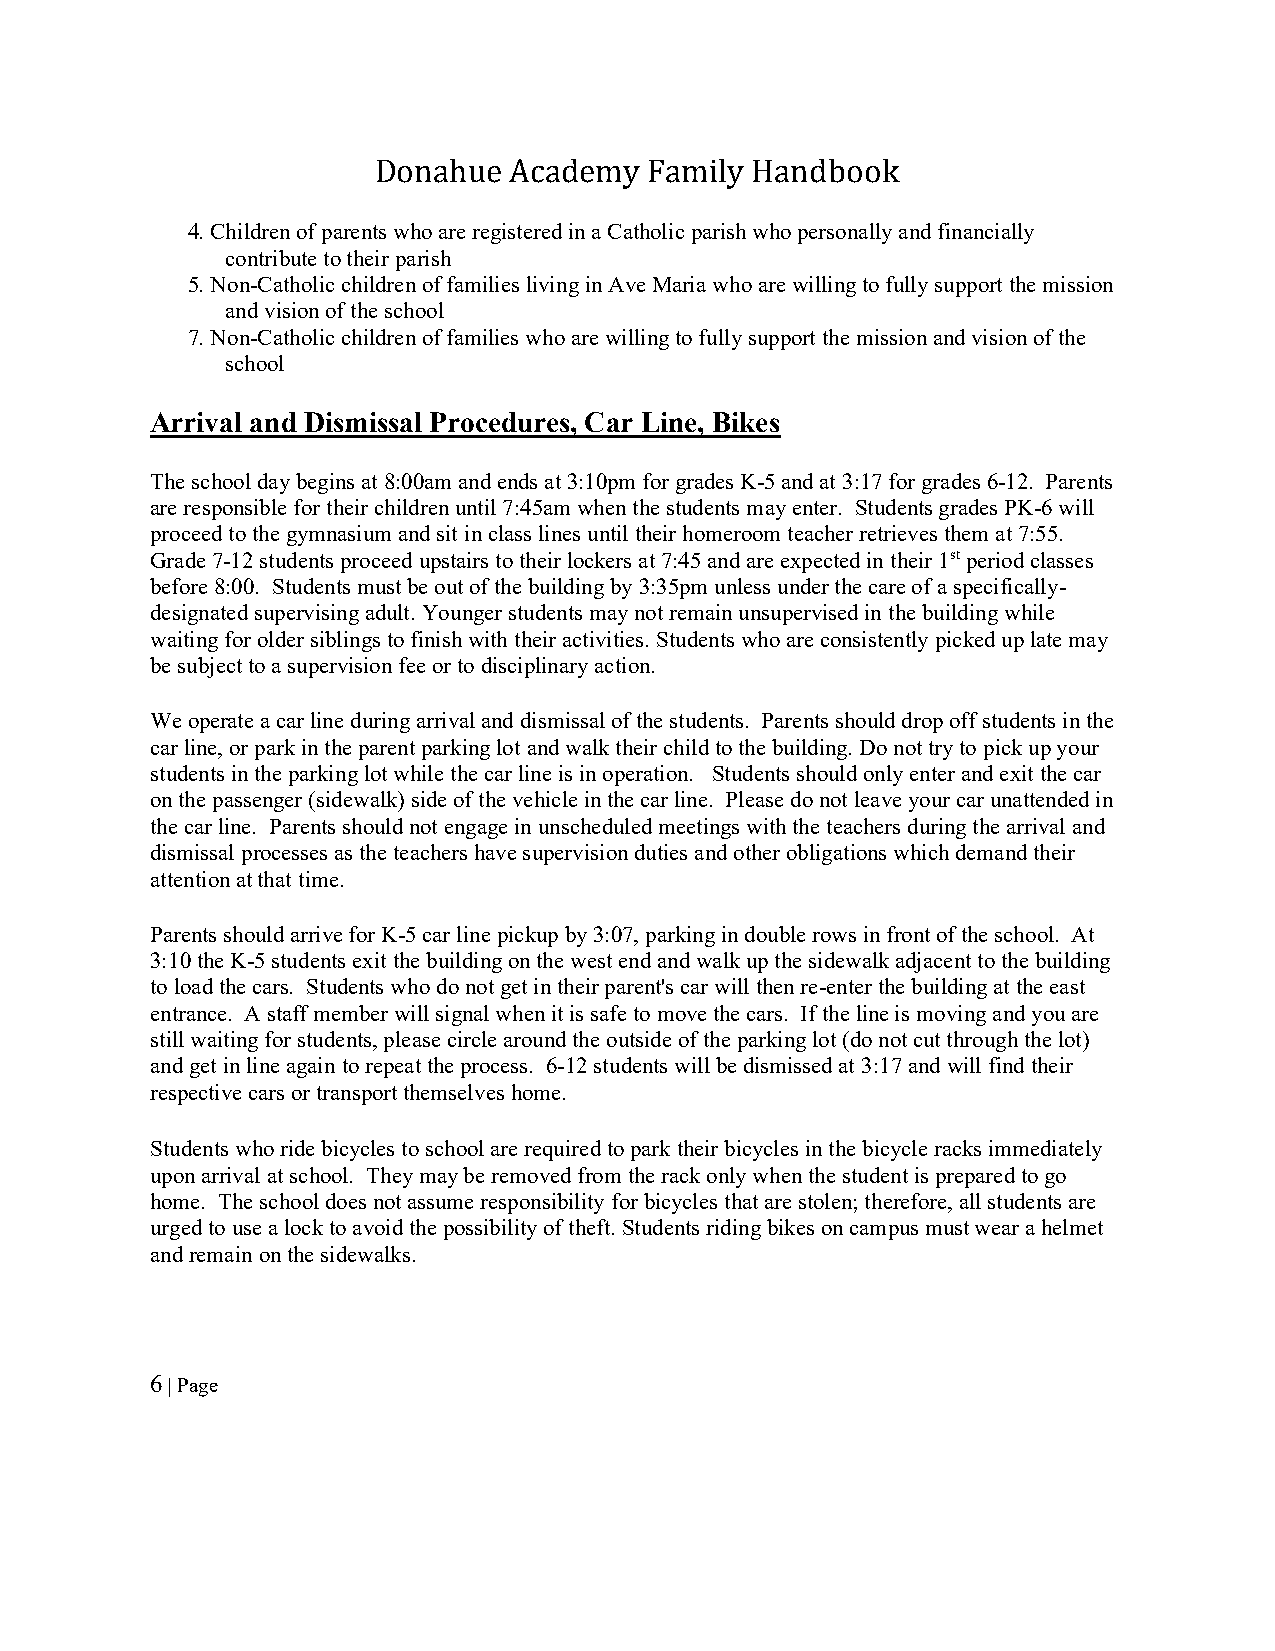
Donahue  Academy  Family Handbook
 4. Children of parents who are registered in a Catholic parish who personally and financially
 contribute to their parish
 5. Non-Catholic children of families living in Ave Maria who are willing to fully support the mission
 and vision of the school
 7. Non-Catholic children of families who are willing to fully support the mission and vision of the
 school
 Arrival and Dismissal Procedures, Car Line, Bikes
 The school day begins at 8:00am and ends at 3:10pm for grades K-5 and at 3:17 for grades 6-12. Parents
 are responsible for their children until 7:45am when the students may enter. Students grades PK-6 will
 proceed to the gymnasium and sit in class lines until their homeroom teacher retrieves them at 7:55.
 Grade 7-12 students proceed upstairs to their lockers at 7:45 and are expected in their 1st period classes
 before 8:00. Students must be out of the building by 3:35pm unless under the care of a specifically-
 designated supervising adult. Younger students may not remain unsupervised in the building while
 waiting for older siblings to finish with their activities. Students who are consistently picked up late may
 be subject to a supervision fee or to disciplinary action.
 We operate a car line during arrival and dismissal of the students. Parents should drop off students in the
 car line, or park in the parent parking lot and walk their child to the building. Do not try to pick up your
 students in the parking lot while the car line is in operation. Students should only enter and exit the car
 on the passenger (sidewalk) side of the vehicle in the car line. Please do not leave your car unattended in
 the car line. Parents should not engage in unscheduled meetings with the teachers during the arrival and
 dismissal processes as the teachers have supervision duties and other obligations which demand their
 attention at that time.
 Parents should arrive for K-5 car line pickup by 3:07, parking in double rows in front of the school. At
 3:10 the K-5 students exit the building on the west end and walk up the sidewalk adjacent to the building
 to load the cars. Students who do not get in their parent's car will then re-enter the building at the east
 entrance. A staff member will signal when it is safe to move the cars. If the line is moving and you are
 still waiting for students, please circle around the outside of the parking lot (do not cut through the lot)
 and get in line again to repeat the process. 6-12 students will be dismissed at 3:17 and will find their
 respective cars or transport themselves home.
 Students who ride bicycles to school are required to park their bicycles in the bicycle racks immediately
 upon arrival at school. They may be removed from the rack only when the student is prepared to go
 home. The school does not assume responsibility for bicycles that are stolen; therefore, all students are
 urged to use a lock to avoid the possibility of theft. Students riding bikes on campus must wear a helmet
 and remain on the sidewalks.
 6 | Page